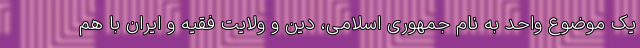
یک موضوع واحد به نام جمهوری اسلامی، دین و ولایت فقیه و ایران با هم